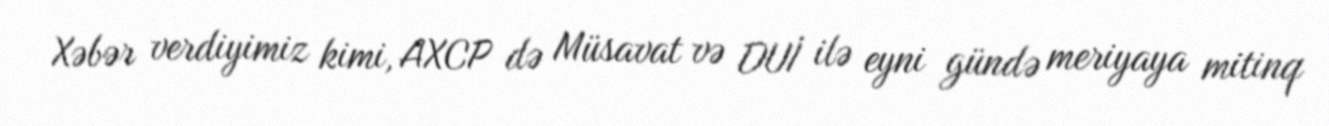
Xəbər verdiyimiz kimi, AXCP də Müsavat və DUİ ilə eyni gündə meriyaya mitinq